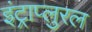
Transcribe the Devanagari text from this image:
इंट्राप्लुरल